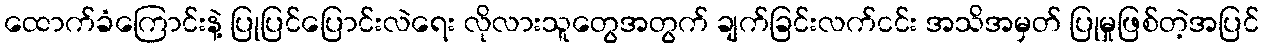
ထောက်ခံကြောင်းနဲ့ ပြုပြင်ပြောင်းလဲရေး လိုလားသူတွေအတွက် ချက်ခြင်းလက်ငင်း အသိအမှတ် ပြုမှုဖြစ်တဲ့အပြင်